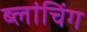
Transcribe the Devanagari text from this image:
ब्लांचिंग